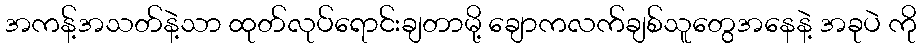
အကန့်အသတ်နဲ့သာ ထုတ်လုပ်ရောင်းချတာမို့ ချောကလက်ချစ်သူတွေအနေနဲ့ အခုပဲ ကို